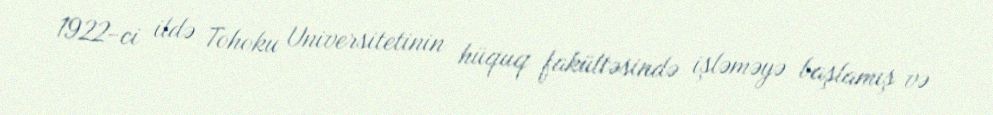
1922-ci ildə Tohoku Universitetinin hüquq fakültəsində işləməyə başlamış və